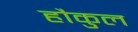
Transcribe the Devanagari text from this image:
हौकुल